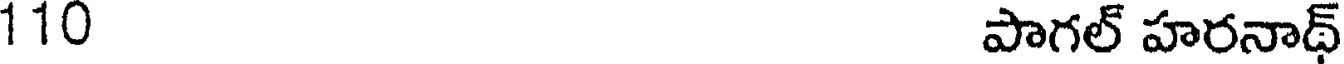
110 పాగల్ హరనాథ్